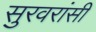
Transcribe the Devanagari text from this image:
सुरवरांसी